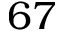
6 7